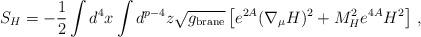
LaTeX: \begin{align*}S_H= - {1\over 2}\int d^4 x \int d^{p-4} z \sqrt{g_{\rm brane}}\left[e^{2A}(\nabla_\mu H)^2 +M_H^2 e^{4A}H^2\right]\,, \end{align*}